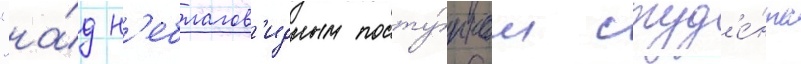
"на́д н'еблагов'идным посту́пком студ'е́нта